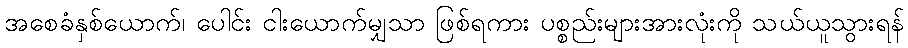
အစေခံနှစ်ယောက်၊ ပေါင်း ငါးယောက်မျှသာ ဖြစ်ရကား ပစ္စည်းများအားလုံးကို သယ်ယူသွားရန်